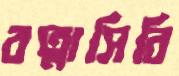
রত্নাসিরি